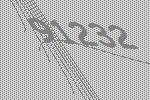
91232